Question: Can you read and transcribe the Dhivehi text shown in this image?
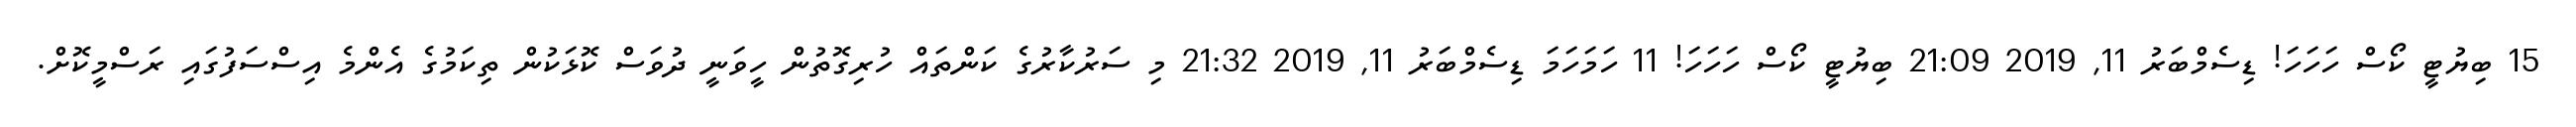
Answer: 15 ބިޔުޓީ ކޯސް ހަހަހަ! ޑިސެމްބަރު 11, 2019 21:09 ބިޔުޓީ ކޯސް ހަހަހަ! 11 ހަމަހަމަ ޑިސެމްބަރު 11, 2019 21:32 މި ސަރުކާރުގެ ކަންތައް ހުރިގޮތުން ހީވަނީ ދުވަސް ކޮޅަކުން ތިކަމުގެ އެންމެ އިސްސަފުގައި ރަސްމީކޮށް.